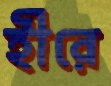
হীরে